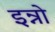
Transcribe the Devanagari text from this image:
इन्नो